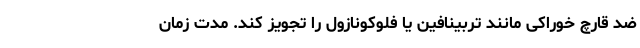
ضد قارچ خوراکی مانند تربینافین یا فلوکونازول را تجویز کند. مدت زمان